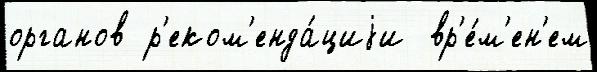
органов р'еком'енда́циjи  вр'е́м'ен'ем